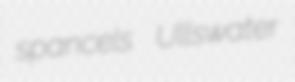
spancels Ullswater